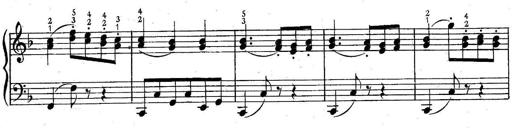
Title: 6 Easy Sonatinas
Composer: Carl Czerny